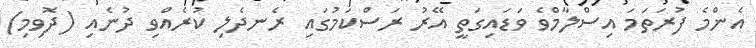
އެންމެ ފުރަތަމަ އިސްލާމްވެ ވަޑައިގަތީ އޭރު ރަސްކަމުގައި ރެނދެލި ކުރެއްވި ދުނެއި (ދޮވިމި)